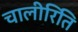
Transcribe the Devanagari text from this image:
चालीरिति